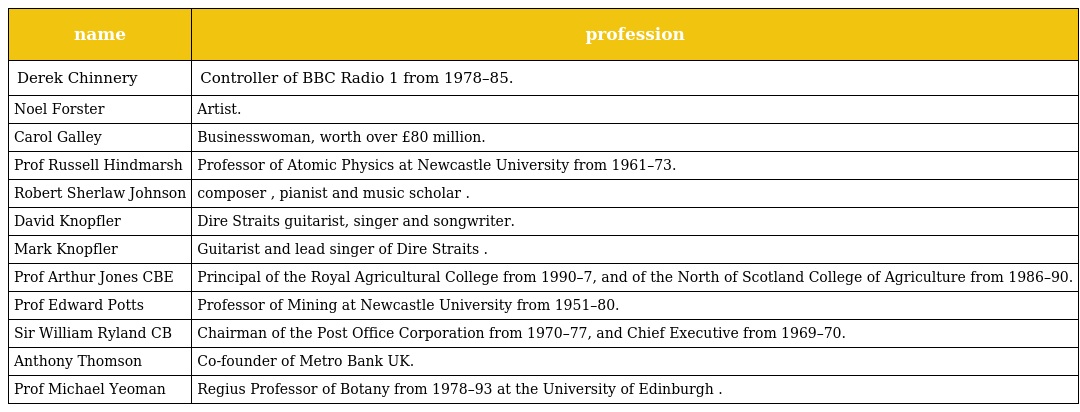
| name | profession |
 | --- | --- |
 | Derek Chinnery | Controller of BBC Radio 1 from 1978–85. |
 | Noel Forster | Artist. |
 | Carol Galley | Businesswoman, worth over £80 million. |
 | Prof Russell Hindmarsh | Professor of Atomic Physics at Newcastle University from 1961–73. |
 | Robert Sherlaw Johnson | composer , pianist and music scholar . |
 | David Knopfler | Dire Straits guitarist, singer and songwriter. |
 | Mark Knopfler | Guitarist and lead singer of Dire Straits . |
 | Prof Arthur Jones CBE | Principal of the Royal Agricultural College from 1990–7, and of the North of Scotland College of Agriculture from 1986–90. |
 | Prof Edward Potts | Professor of Mining at Newcastle University from 1951–80. |
 | Sir William Ryland CB | Chairman of the Post Office Corporation from 1970–77, and Chief Executive from 1969–70. |
 | Anthony Thomson | Co-founder of Metro Bank UK. |
 | Prof Michael Yeoman | Regius Professor of Botany from 1978–93 at the University of Edinburgh . |